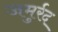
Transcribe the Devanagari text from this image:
जमुर्रद